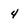
Character: 4